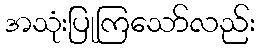
အသုံးပြုကြသော်လည်း